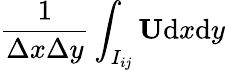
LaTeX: \frac{1}{\Delta x\Delta y}\int_{I_{ij}}\mathbf{U}\mathrm{d}x\mathrm{d}y